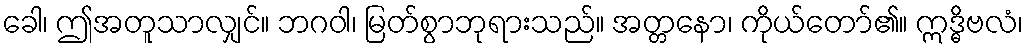
ခေါ၊ ဤအတူသာလျှင်။ ဘဂဝါ၊ မြတ်စွာဘုရားသည်။ အတ္တနော၊ ကိုယ်တော်၏။ ဣဒ္ဓိဗလံ၊